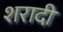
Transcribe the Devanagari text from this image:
शरादी